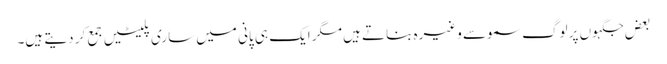
بعض جگہوں پر لوگ سموسے وغیرہ بناتے ہیں مگر ایک ہی پانی میں ساری پلیٹیں جمع کر دیتے ہیں۔